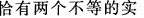
恰有两个不等的实根